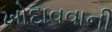
ખોદાવવાની